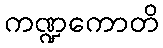
ကဏ္ဍကောတိ